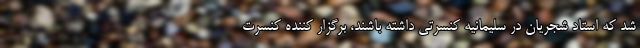
شد که استاد شجریان در سلیمانیه کنسرتی داشته باشند، برگزار کننده کنسرت